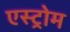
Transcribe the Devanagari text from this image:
एस्ट्रोम